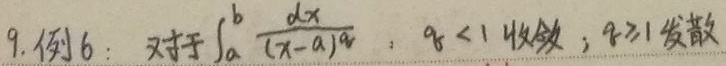
9. 例6：对于$\int_{a}^{b} \frac{dx}{(x - a)^q}$，$q < 1$收敛，$q \geq 1$发散